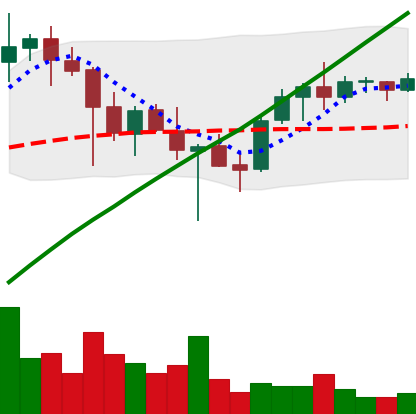
Ticker: ADA-USD
Chart end date: 2021-05-03
Forward return: 18.907%
Label: up_7plus